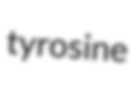
tyrosine